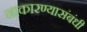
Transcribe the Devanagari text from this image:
नाकारण्यासंबंधी